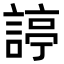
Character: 諪